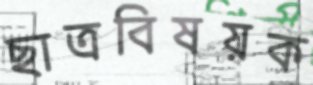
ছাত্রবিষয়ক